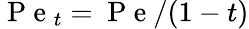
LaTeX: \mathrm{~P~e~}_{t}=\mathrm{~P~e~}/(1-t)